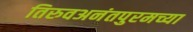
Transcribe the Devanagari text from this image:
तिरुवअनंतपुरमच्या